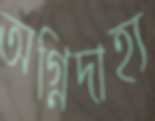
অগ্নিদাহ্য